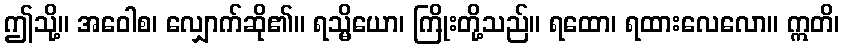
ဤသို့။ အဝေါစ၊ လျှောက်ဆို၏။ ရသ္မိယော၊ ကြိုးတို့သည်။ ရထော၊ ရထားလေလော။ ဣတိ၊